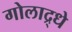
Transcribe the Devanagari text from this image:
गोलाद्र्धे